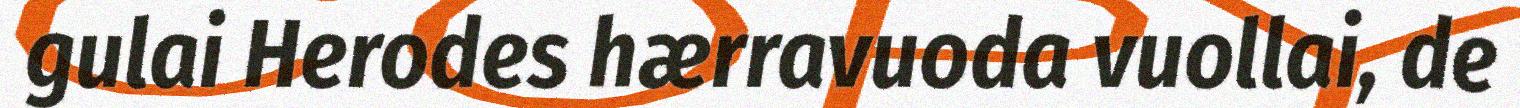
gulai Herodes hærravuoda vuollai, de